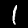
Label: 1